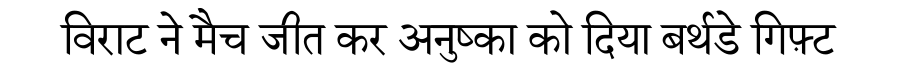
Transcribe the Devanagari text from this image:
विराट ने मैच जीत कर अनुष्का को दिया बर्थडे गिफ़्ट